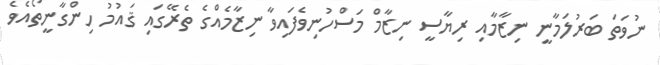
ނުވަތަ ބަރުލަމާނީ ނިޒާމާއި ރިޔާސީ ނިޒާމް މަސްހުނިވެފައިވާ ނިޒާމެއްގެ ތެރޭގައި ޤައުމު ހިންގާނީތޯއެވެ